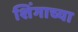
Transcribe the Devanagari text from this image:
शिंगाच्या